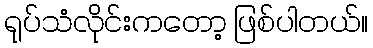
ရုပ်သံလိုင်းကတော့ ဖြစ်ပါတယ်။